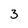
Character: 3